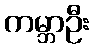
ကမ္ဘာဦး